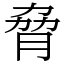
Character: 脅